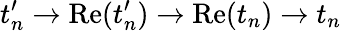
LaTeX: t_{n}^{\prime}\rightarrow\mathrm{Re}(t_{n}^{\prime})\rightarrow\mathrm{Re}(t_{n})\rightarrow t_{n}